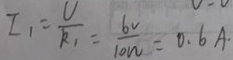
I _ { 1 } = \frac { V } { k _ { 1 } } = \frac { 6 V } { 1 0 w } = 0 . 6 A